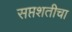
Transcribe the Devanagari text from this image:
सप्तशतीचा